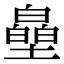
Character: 皨